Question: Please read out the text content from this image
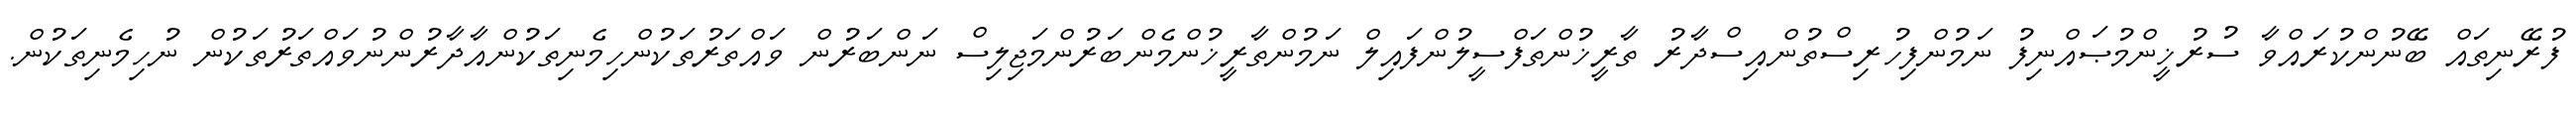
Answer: ފުރޭނިތައް ބޭނުންކުރައްވާ ސުރުޚީންމުޞައްނިފު ނަމުންފިހުރިސްތުންއިސްދާރު ތާރީޚުންތަފްސީލުންފައިލް ނަމުންތާރީޚުންމެންބަރުންމަޖިލިސް ނަންބަރުން ވައްތަރުތަކުންހިމެނިތަކުންއާދާރުންނުވައްތަރުތަކުން ނުހިމެނިތަކުން.